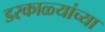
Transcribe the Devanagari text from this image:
डरकाळ्यांच्या